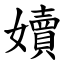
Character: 嬻